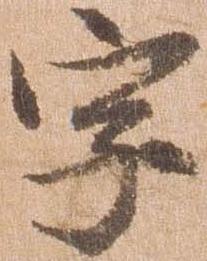
字